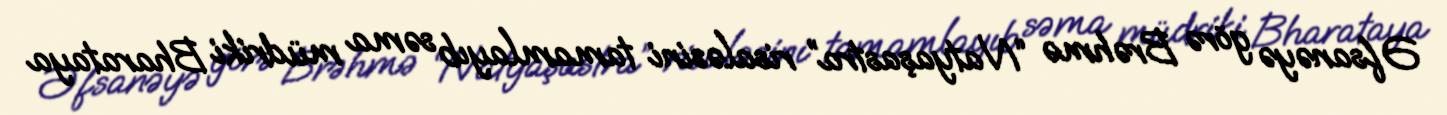
Əfsanəyə görə Brəhmə “Natyaşastra” risaləsini tamamlayıb səma müdriki Bharataya